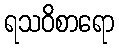
ရသဝိစာရော